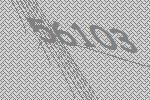
56103